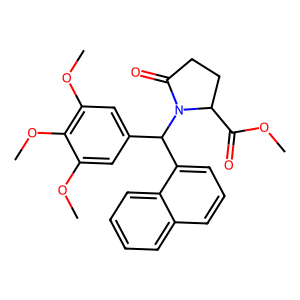
SMILES: COC(=O)C1CCC(=O)N1C(c1cc(OC)c(OC)c(OC)c1)c1cccc2ccccc12
Inhibits HIV replication: No